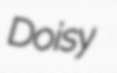
Doisy